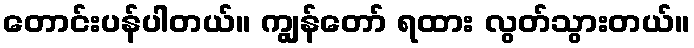
တောင်းပန်ပါတယ်။ ကျွန်တော် ရထား လွတ်သွားတယ်။